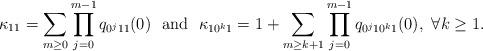
LaTeX: \begin{align*}\kappa _{11}=\sum _{m\geq 0}\prod _{j=0}^{m-1}q_{0^j11}(0){\rm ~~and~~}\kappa _{10^k1}=1+\sum _{m\geq k+1}\prod _{j=0}^{m-1}q_{0^j10^k1}(0),~\forall k\geq 1.\end{align*}